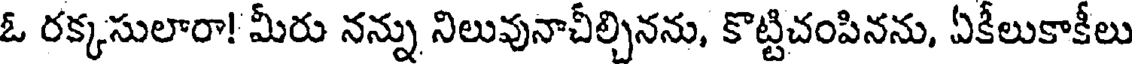
ఓ రక్కసులారా! మీరు నన్ను నిలువునాచీల్చినను, కొట్టిచంపినను, ఏకీలుకాకీలు